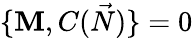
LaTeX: \{ \mathbf{M},C({\vec{{N}}})\} =0